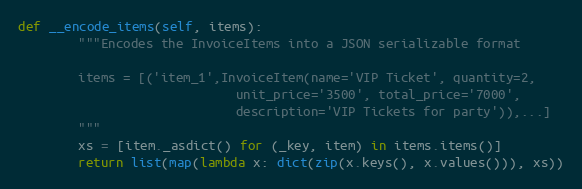
Language: Python
def __encode_items(self, items):
        """Encodes the InvoiceItems into a JSON serializable format

        items = [('item_1',InvoiceItem(name='VIP Ticket', quantity=2,
                             unit_price='3500', total_price='7000',
                             description='VIP Tickets for party')),...]
        """
        xs = [item._asdict() for (_key, item) in items.items()]
        return list(map(lambda x: dict(zip(x.keys(), x.values())), xs))